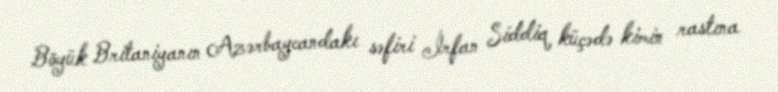
Böyük Britaniyanın Azərbaycandakı səfiri İrfan Siddiq küçədə kimin rastına